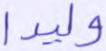
وليدا